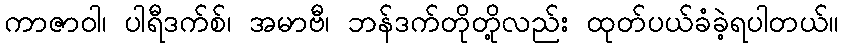
ကာဇာဝါ၊ ပါရီဒက်စ်၊ အမာဗီ၊ ဘန်ဒက်တိုတို့လည်း ထုတ်ပယ်ခံခဲ့ရပါတယ်။